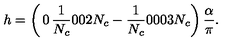
h = \left( \begin{matrix} { 0 } & { { \frac { 1 } { N _ { c } } } } & { 0 } \\ { 0 } & { 2 N _ { c } - { \frac { 1 } { N _ { c } } } } & { 0 } \\ { 0 } & { 0 } & { 3 N _ { c } } \\ \end{matrix} \right) { \frac { \alpha } { \pi } } .